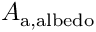
A _ { \mathrm { a , a l b e d o } }